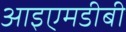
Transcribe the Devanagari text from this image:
आइएमडीबी